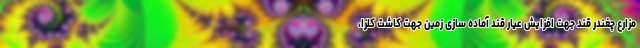
مزارع چغندر قند جهت افزایش عیار قند آماده سازی زمین جهت کاشت کلزا،